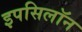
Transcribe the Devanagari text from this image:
इपसिलॉन